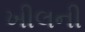
ખીલની